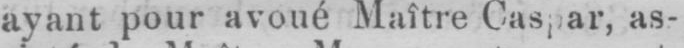
as-